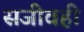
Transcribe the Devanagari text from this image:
सजीवही